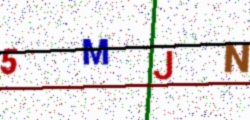
Text: 5MJN